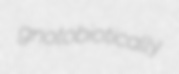
gnotobiotically